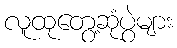
လူထုတွေ့ဆုံပွဲများ